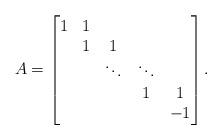
LaTeX: \begin{align*}A = \begin{bmatrix} 1 & 1 \\ & 1 & 1 \\ & & \ddots & \ddots \\ & & & 1 & 1 \\ & & & & -1 \\\end{bmatrix}.\end{align*}